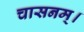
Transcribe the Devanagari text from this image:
चासनम्‌।